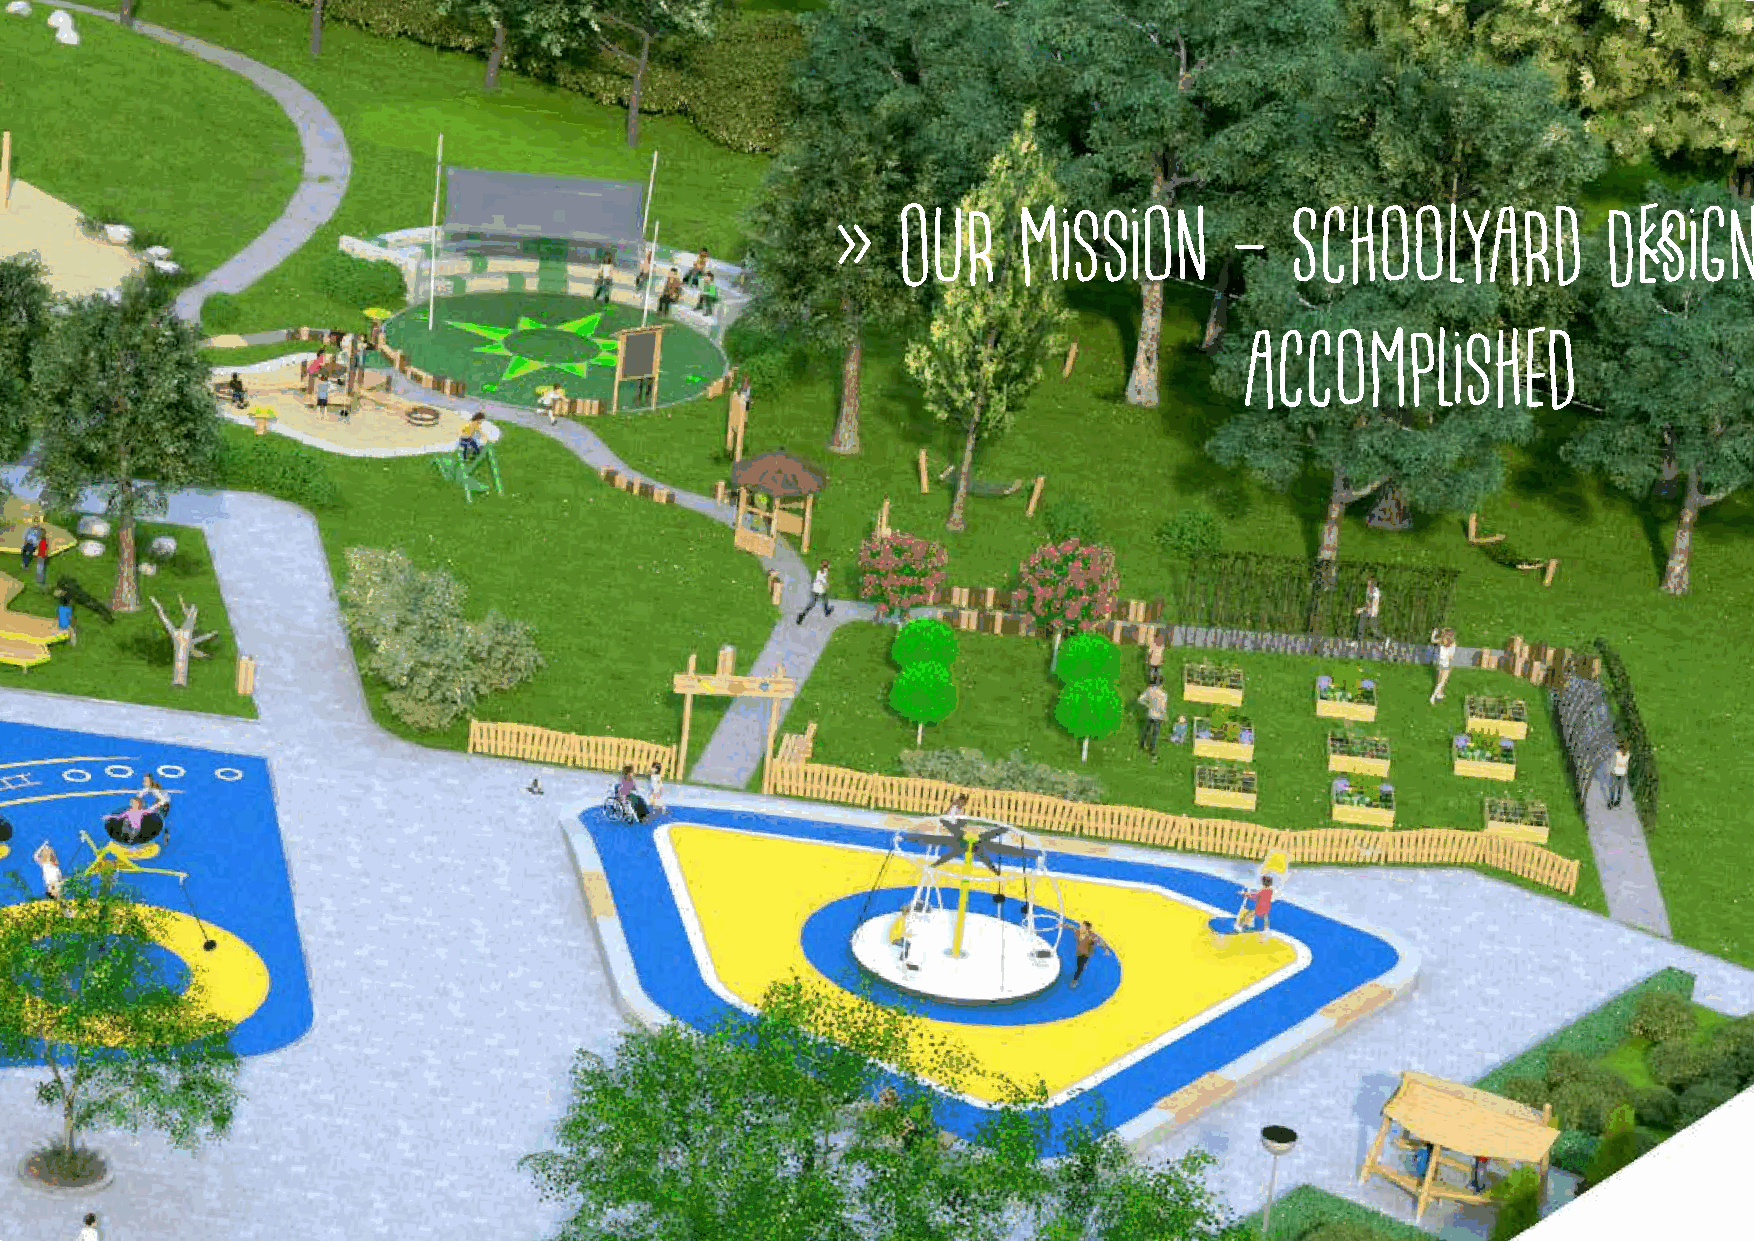
»   Our     Mission       –   Schoolyard           De«sign
 accomplished